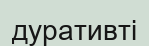
дуративті